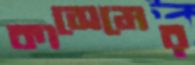
কাসেমের